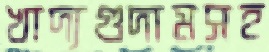
খাদ্যগুদামসহ